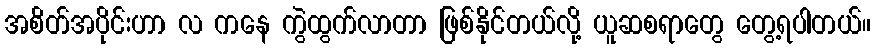
အစိတ်အပိုင်းဟာ လ ကနေ ကွဲထွက်လာတာ ဖြစ်နိုင်တယ်လို့ ယူဆစရာတွေ တွေ့ရပါတယ်။